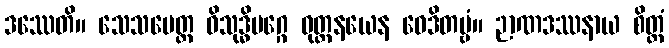
ဒဿေတိ။ သေသမေတ္ထ ဝိသုဒ္ဓိမဂ္ဂေ ဝုတ္တနယေန ဝေဒိတဗ္ဗံ။ ဉာဏဒဿနာယ စိတ္တံ